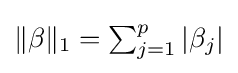
\|\beta \|_{1}=\textstyle \sum _{j=1}^{p}|\beta _{j}|